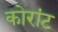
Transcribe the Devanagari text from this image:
कोरांट